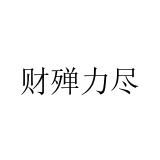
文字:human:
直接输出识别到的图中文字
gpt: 财殚力尽